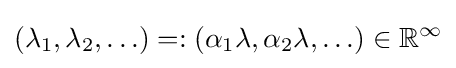
(\lambda _{1},\lambda _{2},\ldots )=:(\alpha _{1}\lambda ,\alpha _{2}\lambda ,\ldots )\in \mathbb {R} ^{\infty }